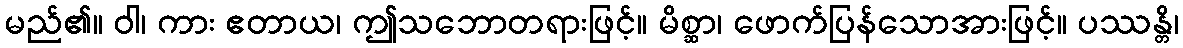
မည်၏။ ဝါ၊ ကား ဧတာယ၊ ဤသဘောတရားဖြင့်။ မိစ္ဆာ၊ ဖောက်ပြန်သောအားဖြင့်။ ပဿန္တိ၊